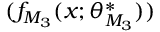
( f _ { M _ { 3 } } ( x ; \theta _ { M _ { 3 } } ^ { * } ) )